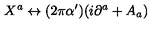
X ^ { a } \leftrightarrow ( 2 \pi \alpha ^ { \prime } ) ( i \partial ^ { a } + A _ { a } )